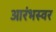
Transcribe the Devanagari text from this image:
आरंभस्वर